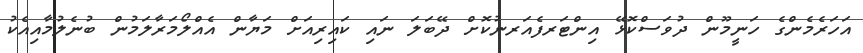
އަހަރެމެންގެ ހަނީމޫން ދުވަސްކޮޅޭ އިންޓަރފެއަރނުކޮށް ދޭބަލަ ނައި ކައިރިއަށް މަޔާން އެއްލޯމަރާލަމުން ބުނެލުމާއިއެކު